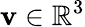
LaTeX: \mathbf{v}\in\mathbb{R}^{3}